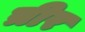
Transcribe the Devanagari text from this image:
त्रीर